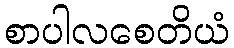
စာပါလစေတိယံ